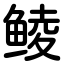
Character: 鲮